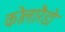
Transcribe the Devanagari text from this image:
कोलारैडो